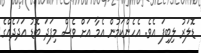
ޑޮލަރު ލިބިފަ އެވެ. އެހެންކަމުން އެމާ އަށް ވެސް މިފަދަ ބޮޑު އަދަދެއްގެ